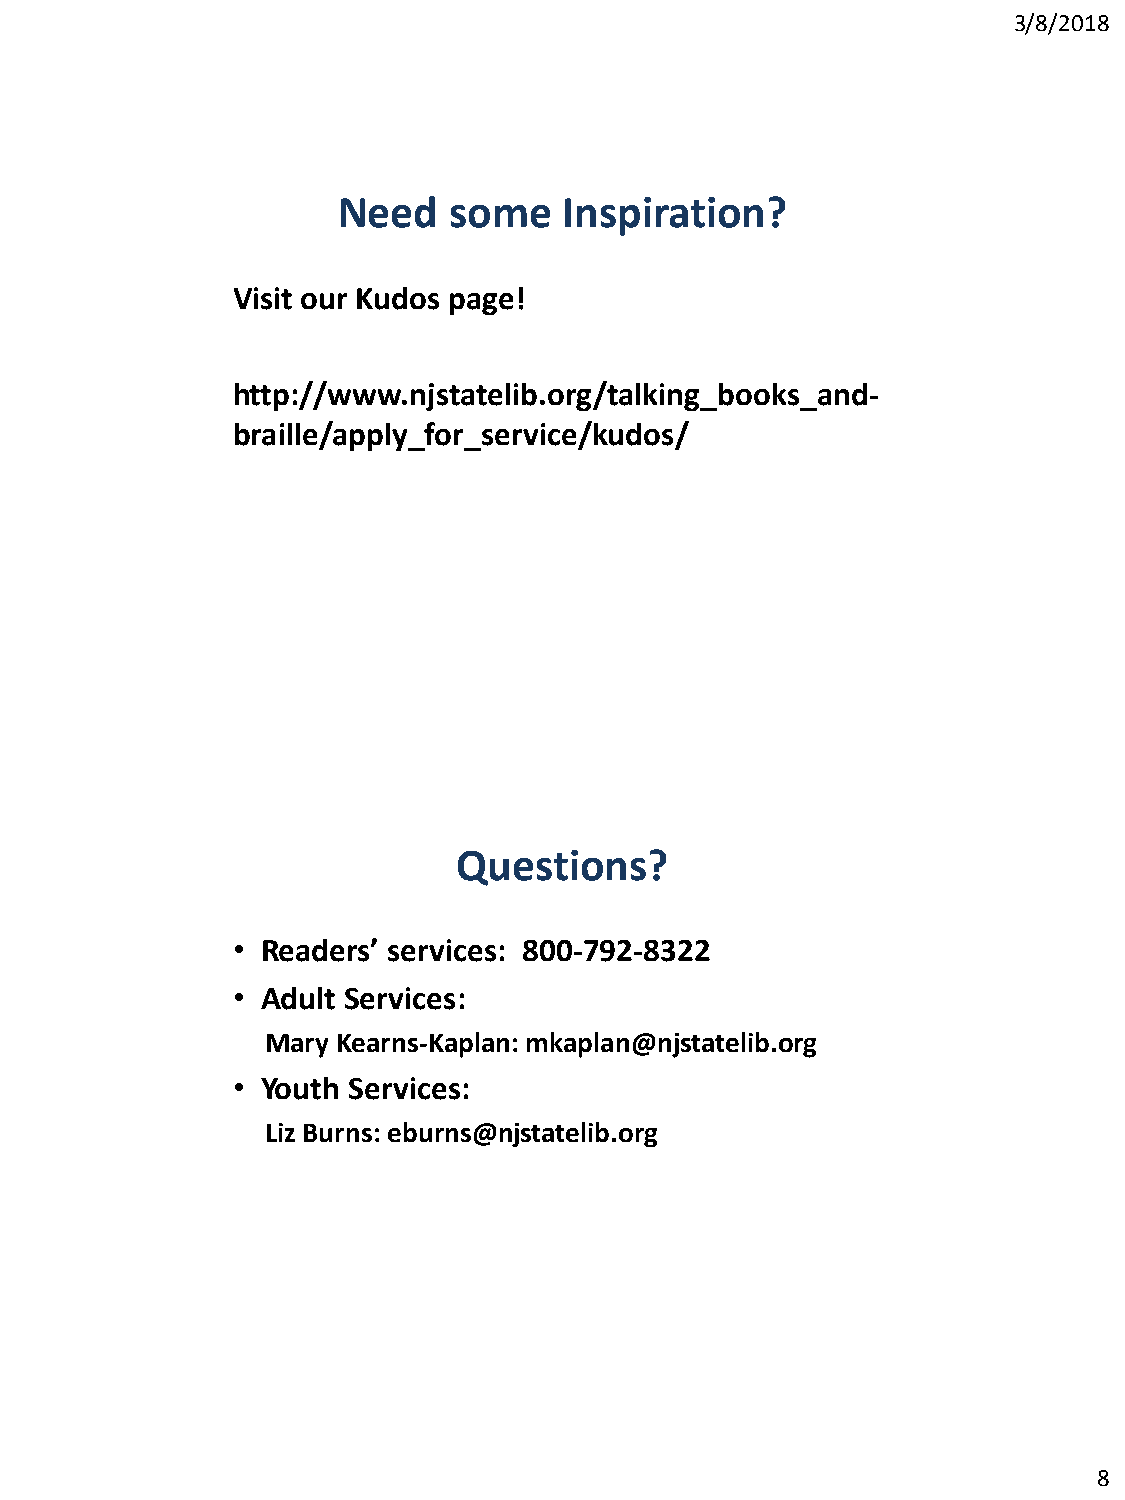
3/8/2018
 Need    some   Inspiration?
 Visit our Kudos page!
 http://www.njstatelib.org/talking_books_and-
 braille/apply_for_service/kudos/
 Questions?
 • Readers’ services: 800-792-8322
 • Adult Services:
 Mary Kearns-Kaplan: mkaplan@njstatelib.org
 • Youth Services:
 Liz Burns: eburns@njstatelib.org
 8